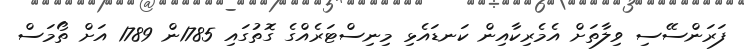
ފަރަންސޭސި ވިލާތަށް އެމެރިކާއިން ކަނޑައެޅި މިނިސްޓަރެއްގެ ގޮތުގައި 1785ން 1789 އަށް ތޯމަސް